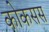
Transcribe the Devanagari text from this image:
कोकसस